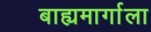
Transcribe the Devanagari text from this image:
बाह्यमार्गाला